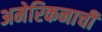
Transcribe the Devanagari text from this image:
अमेरिकनाची